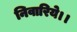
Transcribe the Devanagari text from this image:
निवारिये।।